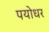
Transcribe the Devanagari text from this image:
पयोधर